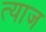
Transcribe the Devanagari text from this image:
त्याज